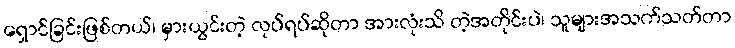
ရှောင်ခြင်းဖြစ်တယ်၊ မှားယွင်းတဲ့ လုပ်ရပ်ဆိုတာ အားလုံးသိ တဲ့အတိုင်းပဲ၊ သူများအသက်သတ်တာ